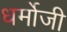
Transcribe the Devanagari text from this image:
धर्मोजी